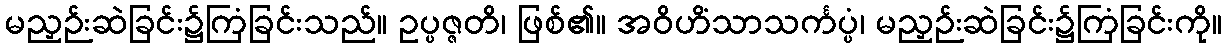
မညှဉ်းဆဲခြင်း၌ကြံခြင်းသည်။ ဥပ္ပဇ္ဇတိ၊ ဖြစ်၏။ အဝိဟိံသာသင်္ကပ္ပံ၊ မညှဉ်းဆဲခြင်း၌ကြံခြင်းကို။